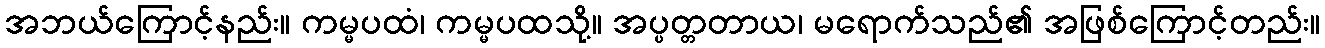
အဘယ်ကြောင့်နည်း။ ကမ္မပထံ၊ ကမ္မပထသို့။ အပ္ပတ္တတာယ၊ မရောက်သည်၏ အဖြစ်ကြောင့်တည်း။